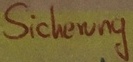
Text: Sicherung